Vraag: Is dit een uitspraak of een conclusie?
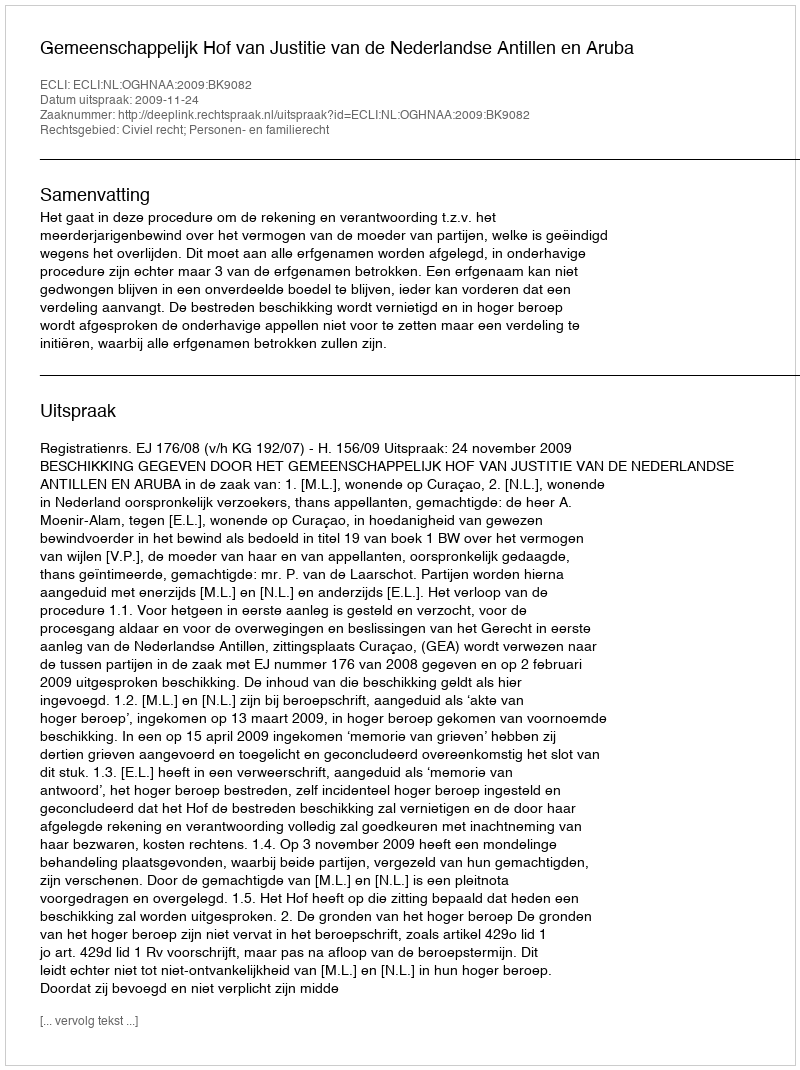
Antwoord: Uitspraak